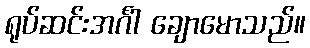
ရုပ်ဆင်းအင်္ဂါ ချောမောသည်။